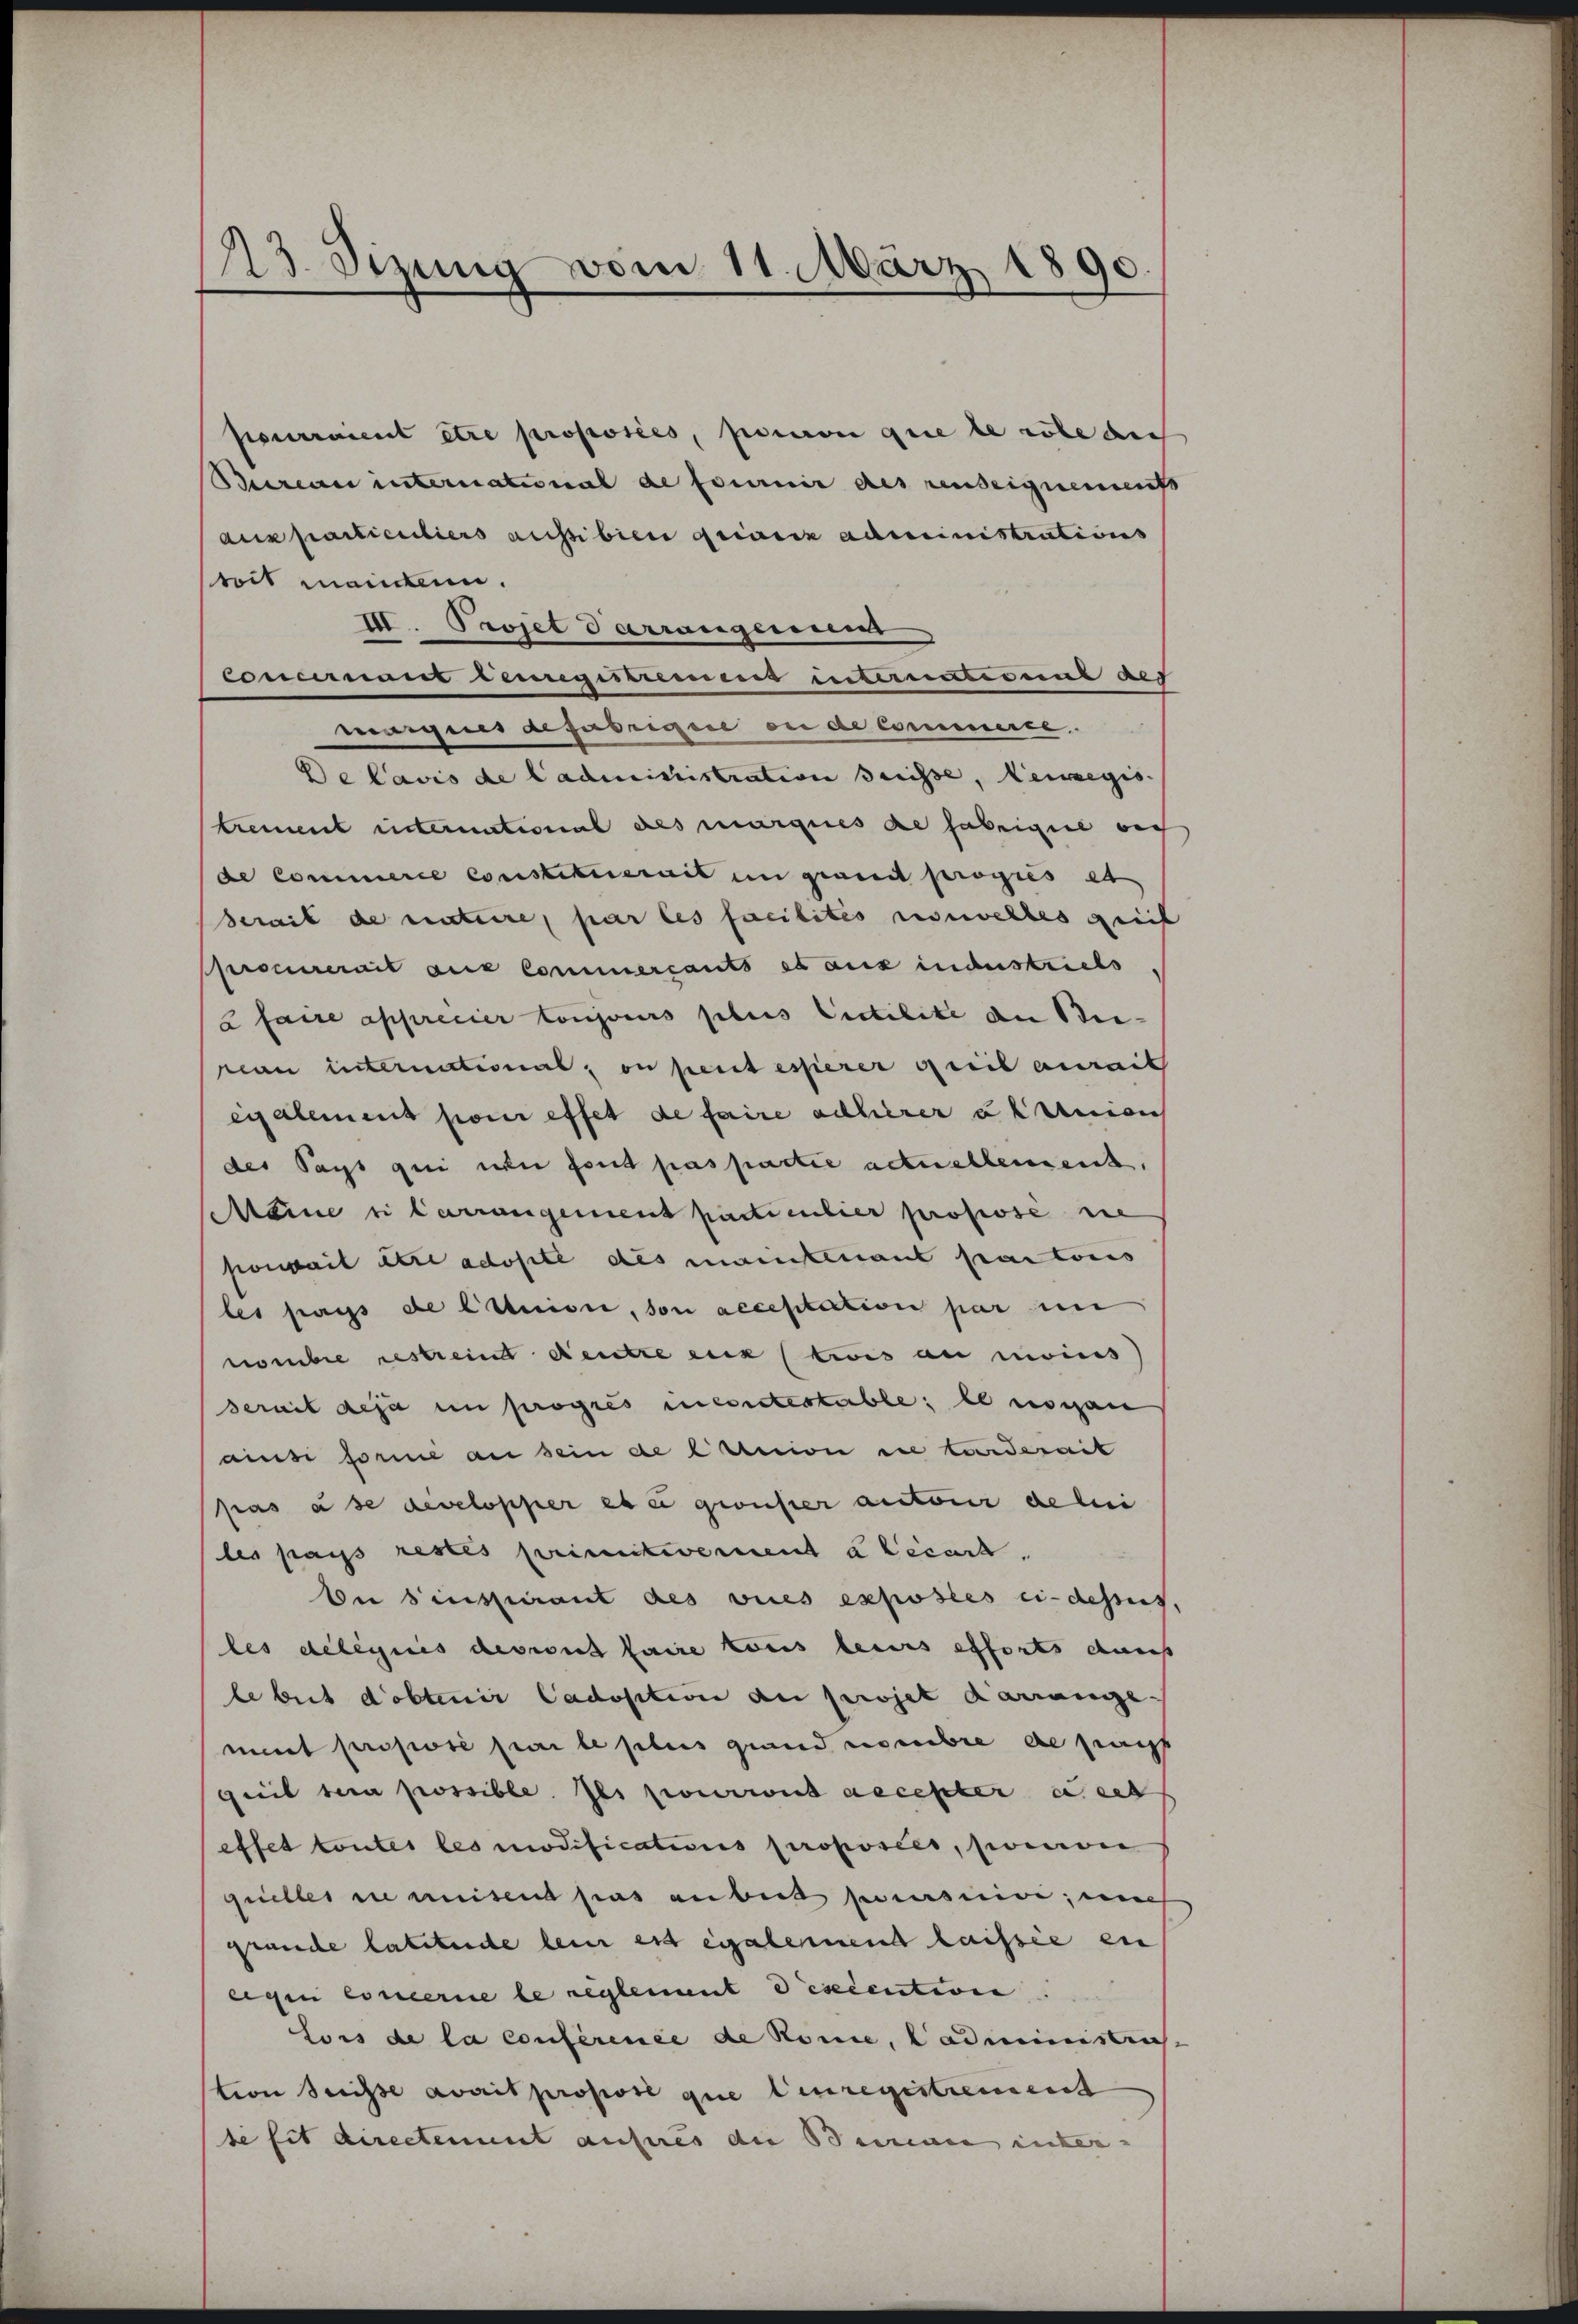
123. Sizung vom 11. März 1890

pourraient être proposies, person que le robe di
Bureau international de fournir des reuseignements
aus particuliers aussibien gridica administrations
roit mancken.
III. Projet darrangenien
Concernant remigistrennens interneresens act
maignes anfabrique ou de commerte.
Delavis de Cadmissistration desse, Herregis
Krement international des marques de fabrique auff
de Commerce constituerait in grandt propiis et
serait de nataire, par les facilites nouvelles greif
Procurerait aus Commercants es aus industriels
u faire apprécier conjoeurs plus Cictilite an Bereau international, on perit esserer Freil aurait
eialement pour effet de faire acherer u. Annah
des Pays qui ne fond pas partie actuellement,
Meine ei Carrangement particulier propose sie
soweit der adopte des mantenant pactoris
les pays de CAuise, son accestation par un
nombre restrein Deutze eux (twis au moins
serait deja in propres incritestable; le norgan
ainsi forme an sein de l’union in Larderait
pas à se developper es e grosser autour de lei
les pass restes primitivement à Cécart.
Die binspirant des vices exposés ci-dessus,
les delegnis devront faire tous leurs erforts dans
le beit dobtenir Cadosition an projet darange.
ment proposé par le plus grand nombre de sagt
Queil sera possible. Ils pourront accepter u ert
effet toutes les modifications proposées, sinon
quelles sie weisend pas anbeit seinige, um
grande latetende lein est également laisse ein
eigen Concerne le reglement descention
Lors de la conférence de Romie, Cadministrich
tion Serisse avait proposi que leuregistrement
se sit directement aufnes die Beinau inter- |